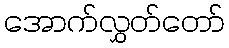
အောက်လွှတ်တော်